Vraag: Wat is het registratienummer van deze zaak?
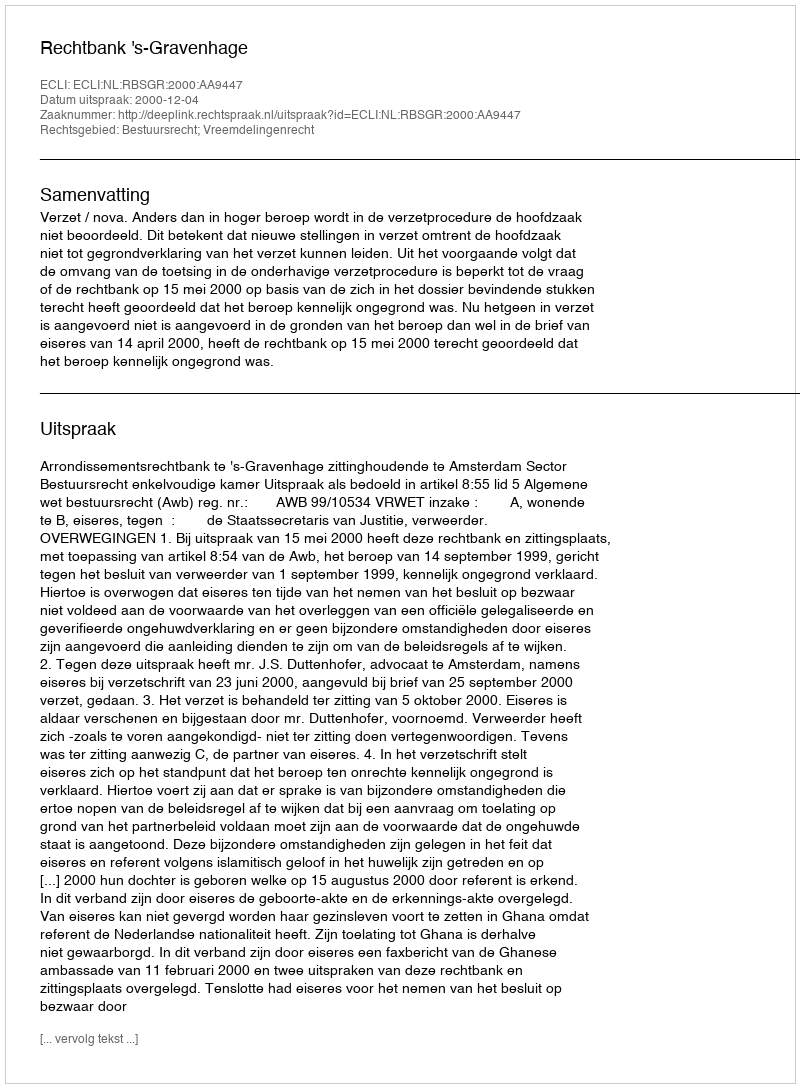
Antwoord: http://deeplink.rechtspraak.nl/uitspraak?id=ECLI:NL:RBSGR:2000:AA9447